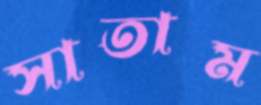
সাতাম